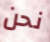
نحن